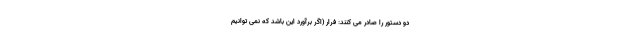
دو دستور را صادر می کنند: فرار (اگر برآورد این باشد که نمی توانیم